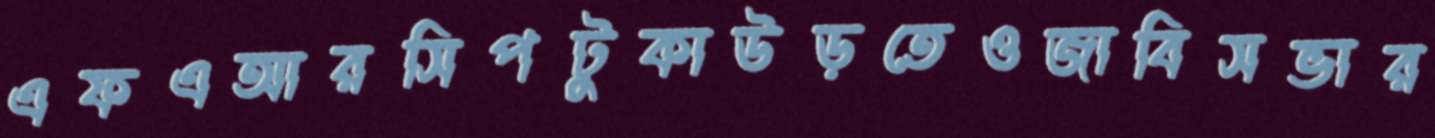
এফএআরসিপটুকাউড়তেওজাবিসভার